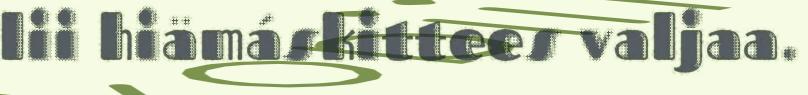
lii hiämáskittees valjaa.